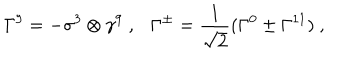
LaTeX: \Gamma ^ { 9 } = - \sigma ^ { 3 } \otimes \gamma ^ { 9 } ~ , \Gamma ^ { \pm } = \frac { 1 } { \sqrt { 2 } } ( \Gamma ^ { 0 } \pm \Gamma ^ { 1 1 } ) ~ ,